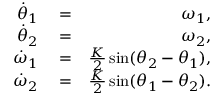
\begin{array} { r l r } { \dot { \theta } _ { 1 } } & { { } = } & { \omega _ { 1 } , } \\ { \dot { \theta } _ { 2 } } & { { } = } & { \omega _ { 2 } , } \\ { \dot { \omega } _ { 1 } } & { { } = } & { \frac { K } { 2 } \sin ( \theta _ { 2 } - \theta _ { 1 } ) , } \\ { \dot { \omega } _ { 2 } } & { { } = } & { \frac { K } { 2 } \sin ( \theta _ { 1 } - \theta _ { 2 } ) . } \end{array}